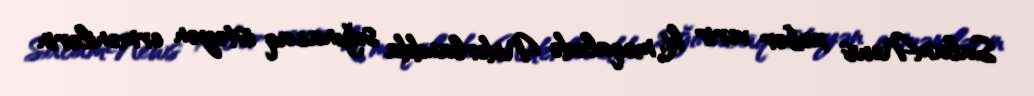
SalamNews xəbər verir ki, məqalədə Niderlandda sığınacaq istəyən ermənilərin